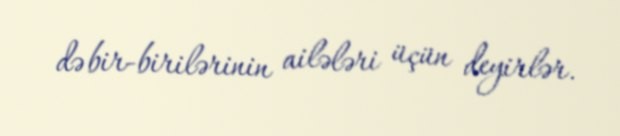
də bir-birilərinin ailələri üçün deyirlər.